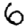
Digit: 6